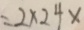
= 2 \times 2 4 \times